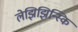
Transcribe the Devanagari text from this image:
लेझिझिन्स्कि